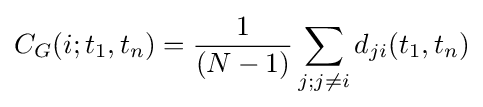
C_{G}(i;t_{1},t_{n})={\frac {1}{(N-1)}}\sum _{j;j\neq i}{d_{ji}(t_{1},t_{n})}